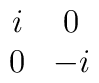
\begin{array}{cc}i & 0 \\0  & -i\end{array}